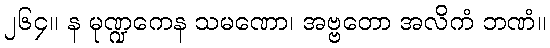
၂၆၄။ န မုဏ္ဍကေန သမဏော၊ အဗ္ဗတော အလိကံ ဘဏံ။